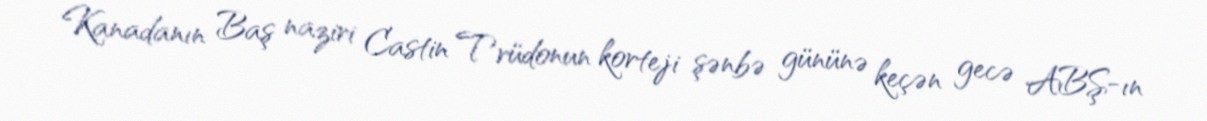
Kanadanın Baş naziri Castin Trüdonun korteji şənbə gününə keçən gecə ABŞ-ın